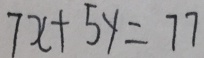
7 x + 5 y = 7 7